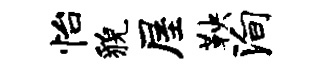
怡貌屋鞅殉